V__Kingissepa_nim__kolhoos, lk 18
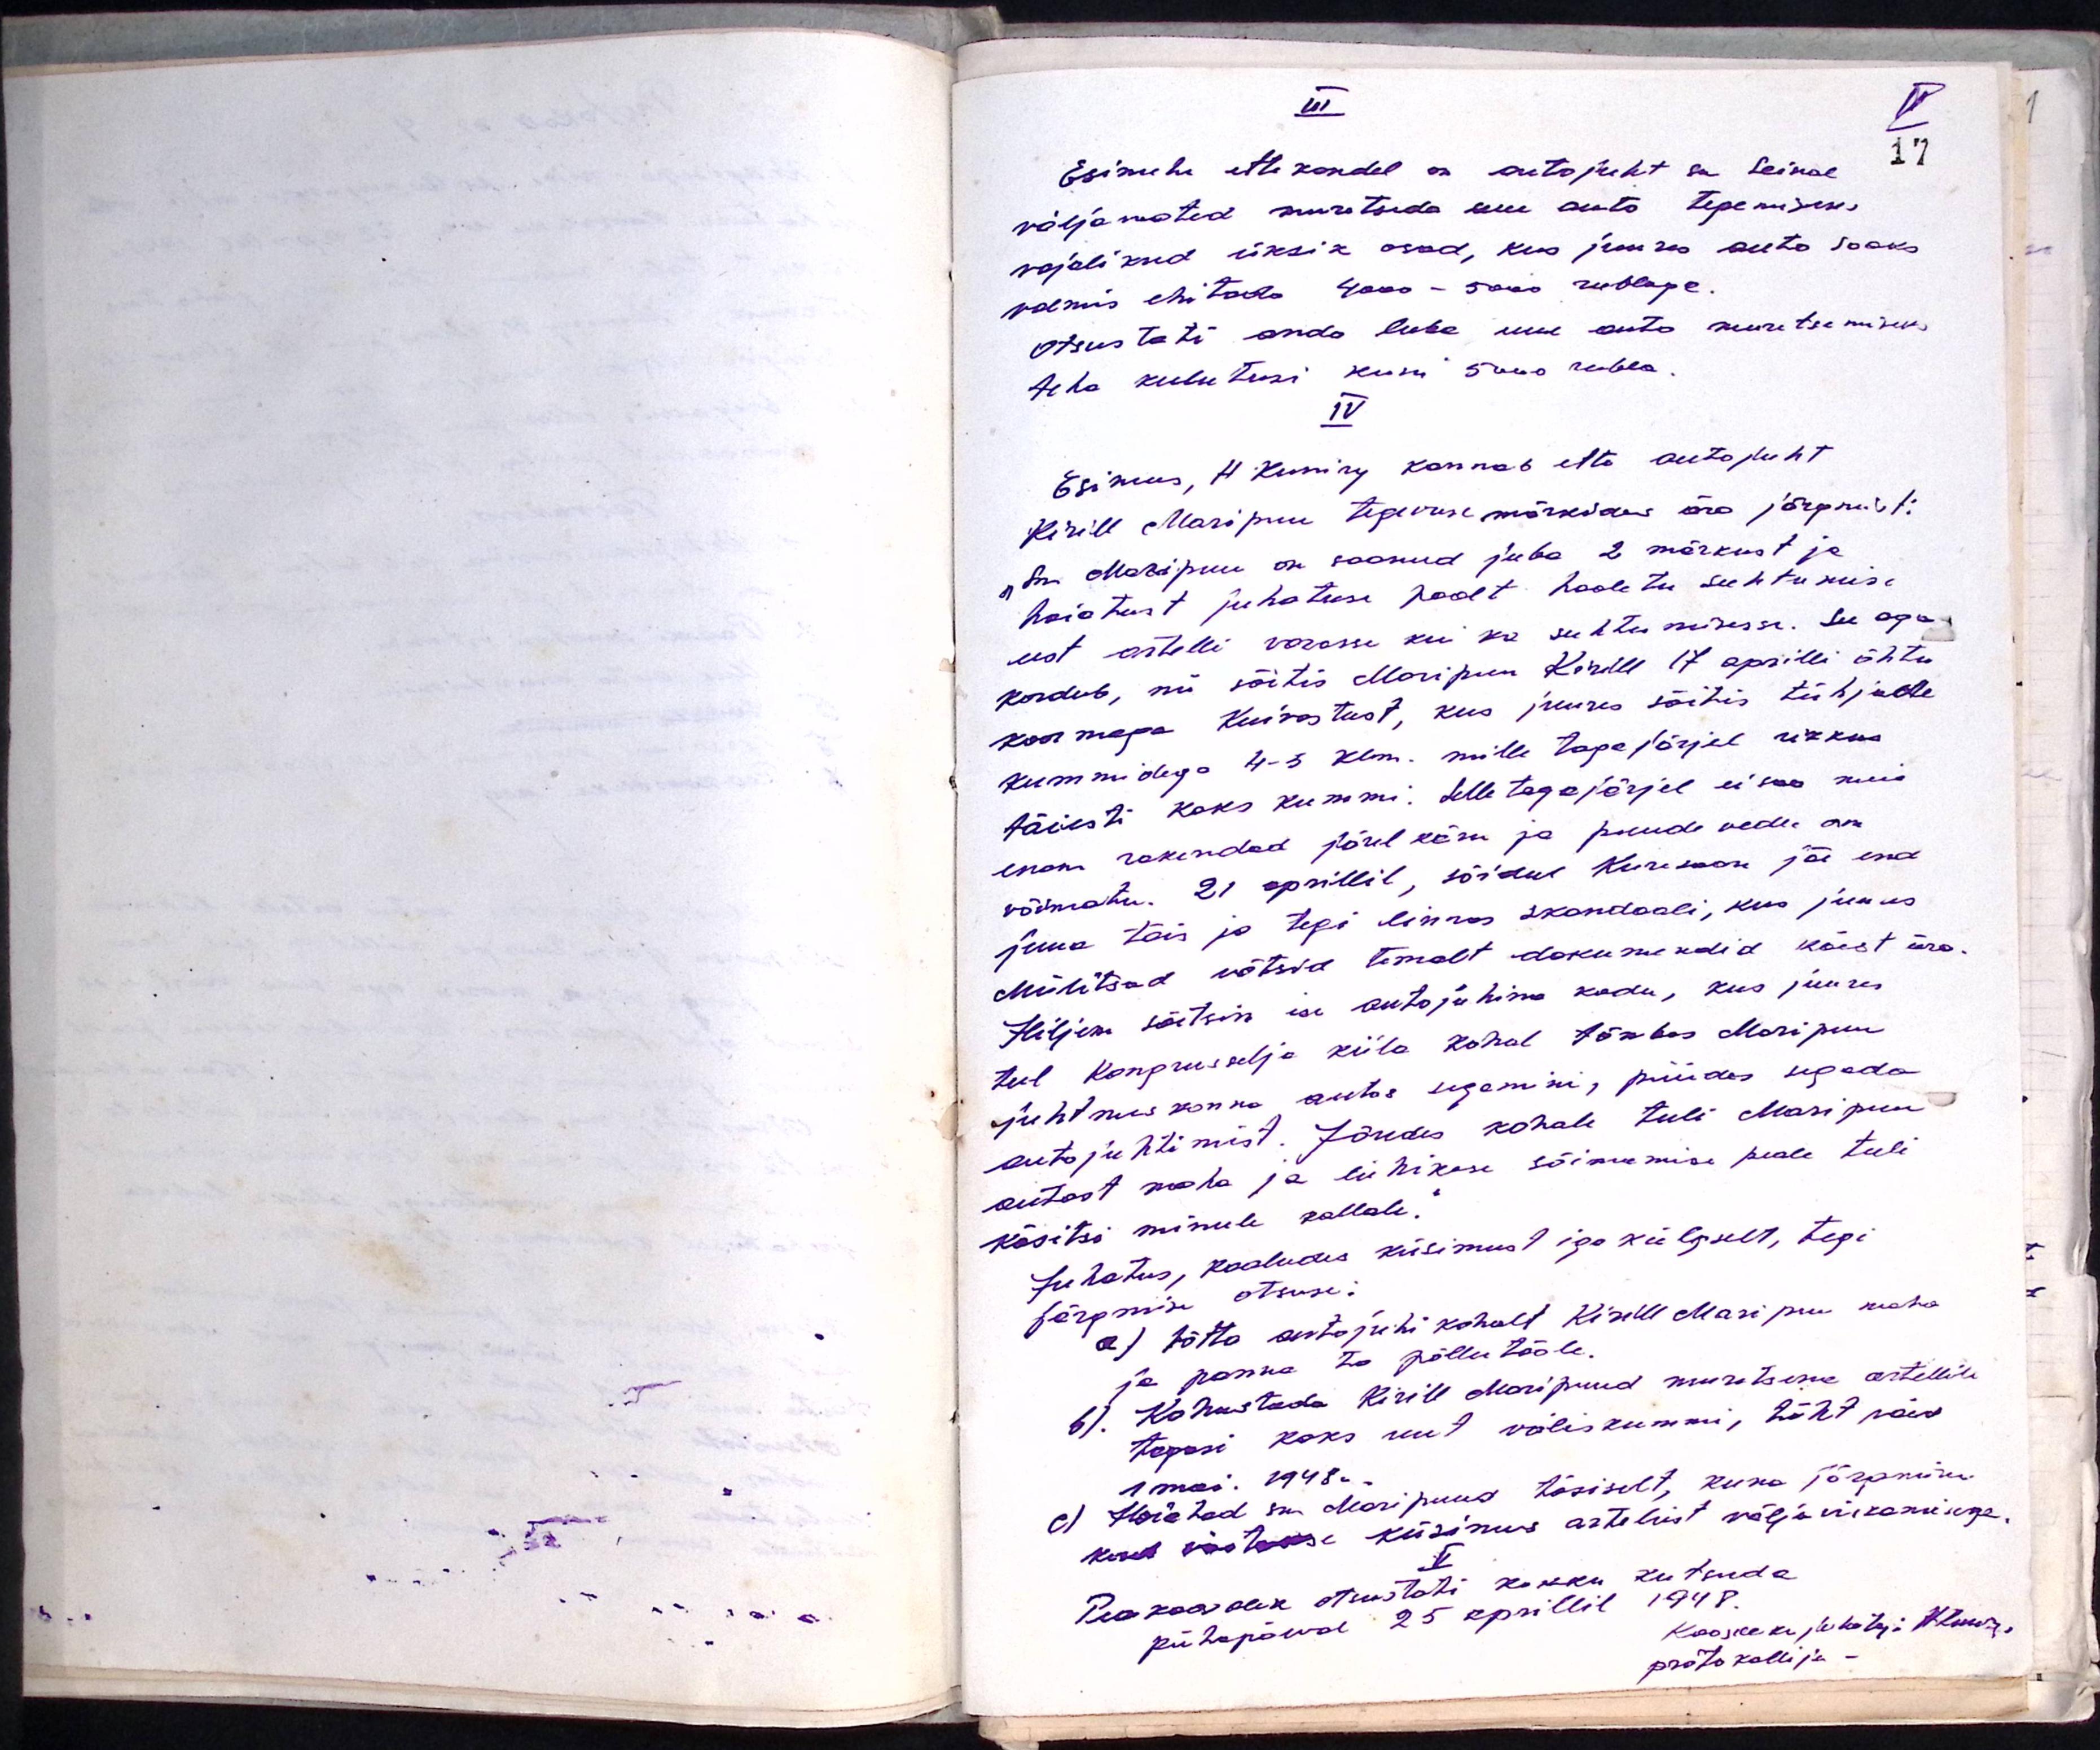
II
Esimehe ettekandel on autojuht sm Seinal
väljawotud muretseda uue auto tegemiseks
vajalikud üksik osad, kus juures auto saaks
valmis ehitada 4000 - 5000 rublaga.
Otsustati anda luba uue auto muretsemiseks
teha kulutusi kuni 5000 rubla.
IV
Esimees, H Kuning kannab ette autojuht
Kirill Maripuu tegevuse märkides ära järgmist:
"Sm Maripuu on saanud juba 2 märkust ja
hoiatust juhatuse poolt hooletu suhtumise
sest artelli varasse kui ka suhtumisesse. See aga
kordub, nii sõitis Maripuu Kirill 17 aprilli õhtu
koormaga. Kuivastust, kus juures sõitis tühjade
kummidega 4-5 klm. mille tagajärjel rikkus
täiesti kaks kummi. Selle tagajärjel ei saa meie
enam rakendad järel käru ja puude vedu on
võimatu. 21 aprillil, sõidul Kuresaare jõi end
juua täis ja tegi linnas skandaali, kus juures
Miilitsad võtsid temalt dokumendid käest ära.
Hiljem sõitsin ise autojuhina kodu, kus juures
teel Kompruselja küla kohal tõmbas Maripuu
juhtmeskonna autos segemini, püüdes segada
autojuhtimist. Jõudes kohale tuli Maripuu
autost maha ja lühikese sõimamise peale tuli
käsitsi minule kallale.
Juhatus, kaaludes küsimust iga külgselt, tegi
järgmise otsuse:
a) Võtta autojuhi kohalt Kirill Maripuu maha
ja panna ta põllutööle.
b). Kohustada Kirill Maripuud muretsema artellile
tagasi kaks uut väliskummi, tähtpäev
1.mai 1948a
c) Hoiatad sm. Maripuud tõsiselt, kuna Järgmine
kord võetakse küsimus artelist välja viimisega.
V
Peakoosolek otsustati kokku kutsuda
pühapäewal 25. aprillil 1948.
Koosoleku juhataja
protokollija